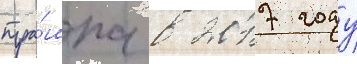
тра́мпа в 2017 году